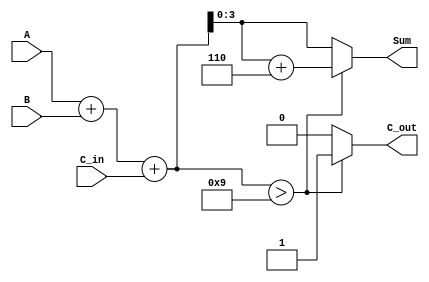
module BCD_Adder (
    input  wire [3:0] A,      // First BCD digit
    input  wire [3:0] B,      // Second BCD digit
    input  wire C_in,         // Carry input
    output reg  [3:0] Sum,    // BCD sum output
    output reg  C_out         // Carry output
);

    wire [4:0] S;             // Intermediate sum (5 bits)
    
    // Step 1: Binary addition of A, B, and C_in
    assign S = A + B + C_in;

    // Step 2: BCD correction logic
    always @(*) begin
        if (S > 9) begin
            // Correction needed
            Sum = S + 5'b00110; // Add 6 (0110 in binary)
            C_out = 1;          // Set carry output
        end else begin
            // No correction needed
            Sum = S[3:0];       // Take the lower 4 bits
            C_out = 0;          // No carry
        end
    end

endmodule